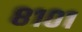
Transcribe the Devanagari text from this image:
८१०१